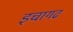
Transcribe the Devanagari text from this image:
इचागढ